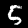
Digit: 5